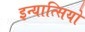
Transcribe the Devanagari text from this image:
इन्यात्सियो